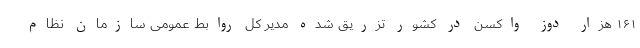
۱۶۱ هزار دوز واکسن در کشور تزریق شده مدیر کل روابط عمومی سازمان نظام